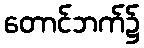
တောင်ဘက်၌